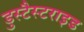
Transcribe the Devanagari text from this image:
डुस्टैस्टराइड